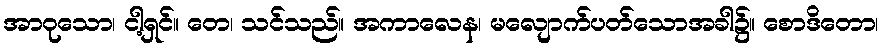
အာဝုသော၊ ငါ့ရှင်။ တေ၊ သင်သည်။ အကာလေန၊ မလျောက်ပတ်သောအခါ၌။ စောဒိတော၊